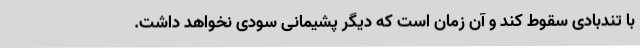
با تندبادی سقوط کند و آن زمان است که دیگر پشیمانی سودی نخواهد داشت.